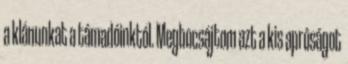
a klánunkat a támadóinktól. Megbocsájtom azt a kis apróságot